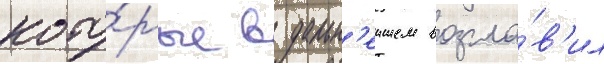
кото́рые в дальн'еишем возгла́в'ил